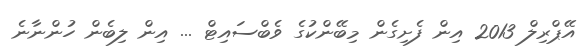
އޭޕްރިލް 2013 އިން ފެށިގެން މިބޭންކުގެ ވެބްސައިޓް ... އިން ލިބެން ހުންނާނެ